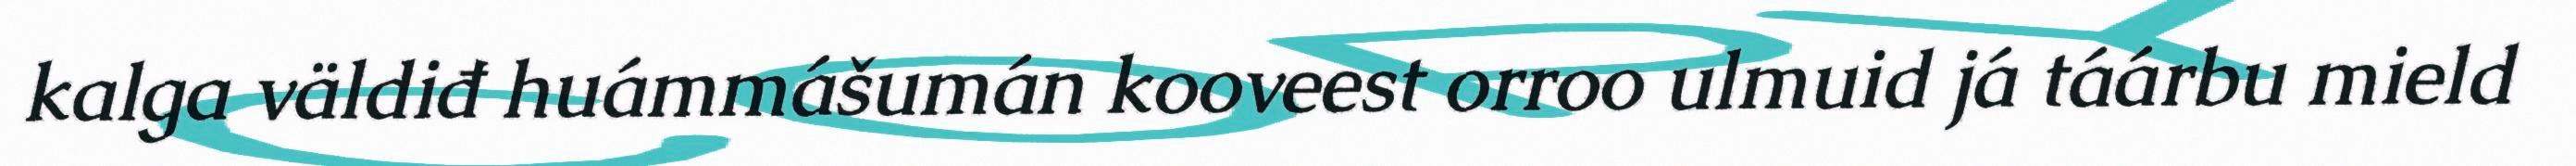
kalga väldiđ huámmášumán kooveest orroo ulmuid já táárbu mield